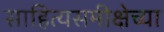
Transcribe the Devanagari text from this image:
साहित्यसमीक्षेच्या